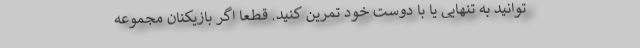
توانید به تنهایی یا با دوست خود تمرین کنید. قطعا اگر بازیکنان مجموعه